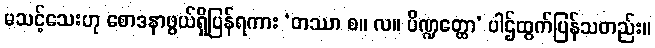
မသင့်သေးဟု စောဒနာဖွယ်ရှိပြန်ရကား ‘တဿာ စ။ လ။ ပိဏ္ဍတ္ထော’ ပါဌ်ထွက်ပြန်သတည်း။